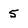
Character: 5